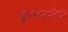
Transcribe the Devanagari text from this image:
पुरुषवर्गाचा